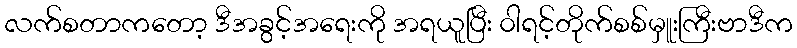
လက်စတာကတော့ ဒီအခွင့်အရေးကို အရယူပြီး ၀ါရင့်တိုက်စစ်မှူးကြီးဗာဒီက